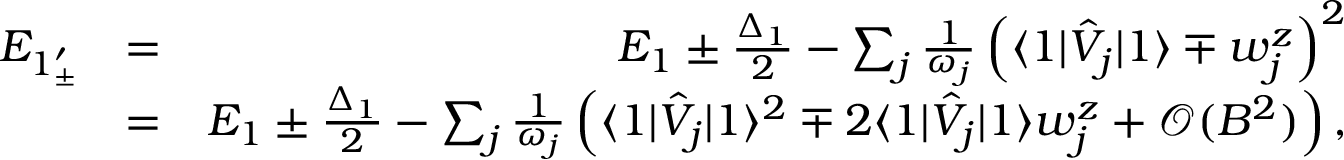
\begin{array} { r l r } { E _ { 1 _ { \pm } ^ { \prime } } } & { = } & { E _ { 1 } \pm \frac { \Delta _ { 1 } } { 2 } - \sum _ { j } \frac { 1 } { \omega _ { j } } \left( \langle 1 | \hat { V } _ { j } | 1 \rangle \mp w _ { j } ^ { z } \right) ^ { 2 } } \\ & { = } & { E _ { 1 } \pm \frac { \Delta _ { 1 } } { 2 } - \sum _ { j } \frac { 1 } { \omega _ { j } } \left( \langle 1 | \hat { V } _ { j } | 1 \rangle ^ { 2 } \mp 2 \langle 1 | \hat { V } _ { j } | 1 \rangle w _ { j } ^ { z } + \mathcal { O } ( B ^ { 2 } ) \right) , } \end{array}